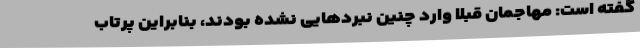
گفته است: مهاجمان قبلا وارد چنین نبردهایی نشده بودند، بنابراین پرتاب